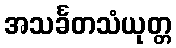
အသင်္ခတသံယုတ္တ